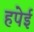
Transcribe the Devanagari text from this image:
हपेई